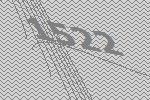
1522